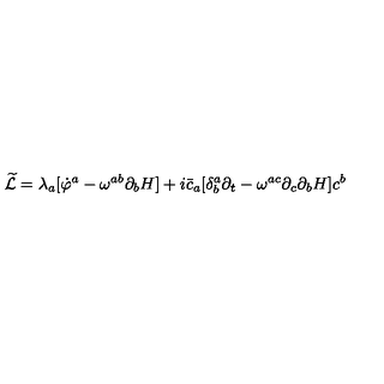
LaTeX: { \widetilde { \cal L } } = \lambda _ { a } [ { \dot { \varphi } } ^ { a } - \omega ^ { a b } \partial _ { b } H ] + i { \bar { c } } _ { a } [ \delta _ { b } ^ { a } \partial _ { t } - \omega ^ { a c } \partial _ { c } \partial _ { b } H ] c ^ { b }